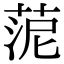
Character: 𦰫